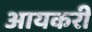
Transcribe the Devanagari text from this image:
आयकरी